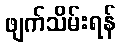
ဖျက်သိမ်းရန်